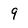
Character: 9